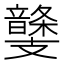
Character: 𩐾